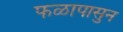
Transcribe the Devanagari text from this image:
फळापासुन